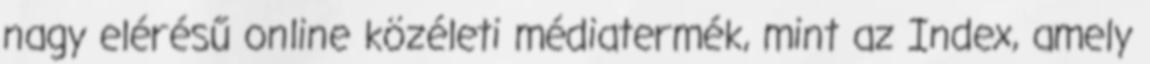
nagy elérésű online közéleti médiatermék, mint az Index, amely